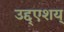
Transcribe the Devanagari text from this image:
उद्द्एशय्